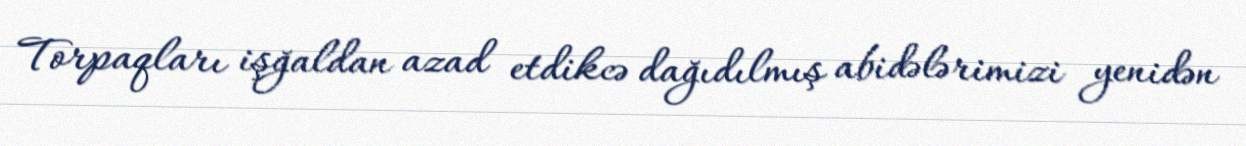
Torpaqları işğaldan azad etdikcə dağıdılmış abidələrimizi yenidən